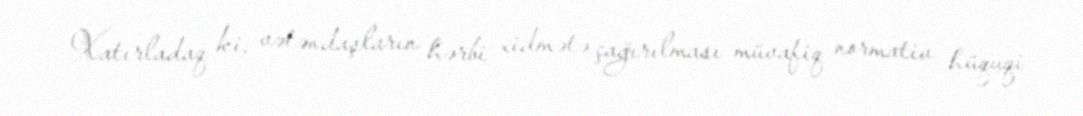
Xatırladaq ki, vətəndaşların hərbi xidmətə çağırılması müvafiq normativ hüquqi